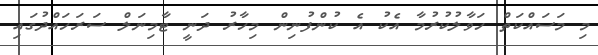
މި މަސައްކަތް ހަވާލުކުރުމާ އެކު އެ ކުންފުނިން މިހާރު ދަނީ ޓާމިނަލް ސަރަހައްދުގައި